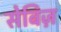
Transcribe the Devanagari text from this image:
सेबिज़